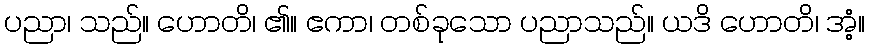
ပညာ၊ သည်။ ဟောတိ၊ ၏။ ဧကာ၊ တစ်ခုသော ပညာသည်။ ယဒိ ဟောတိ၊ အံ့။